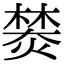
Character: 𤍾